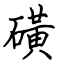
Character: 磺